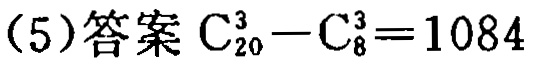
(5)答案 \(C_{20}^3 - C_{8}^3 = 1084\)